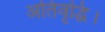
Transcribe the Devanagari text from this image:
अतिवृद्धि।